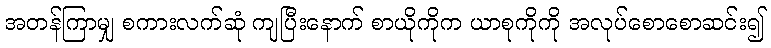
အတန်ကြာမျှ စကားလက်ဆုံ ကျပြီးနောက် စာယိုကိုက ယာစုကိုကို အလုပ်စောစောဆင်း၍